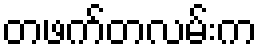
တဖက်တလမ်းက